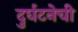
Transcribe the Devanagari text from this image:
दुर्घटनेची